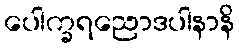
ပေါက္ခရညောဒပါနာနိ